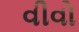
વીવો